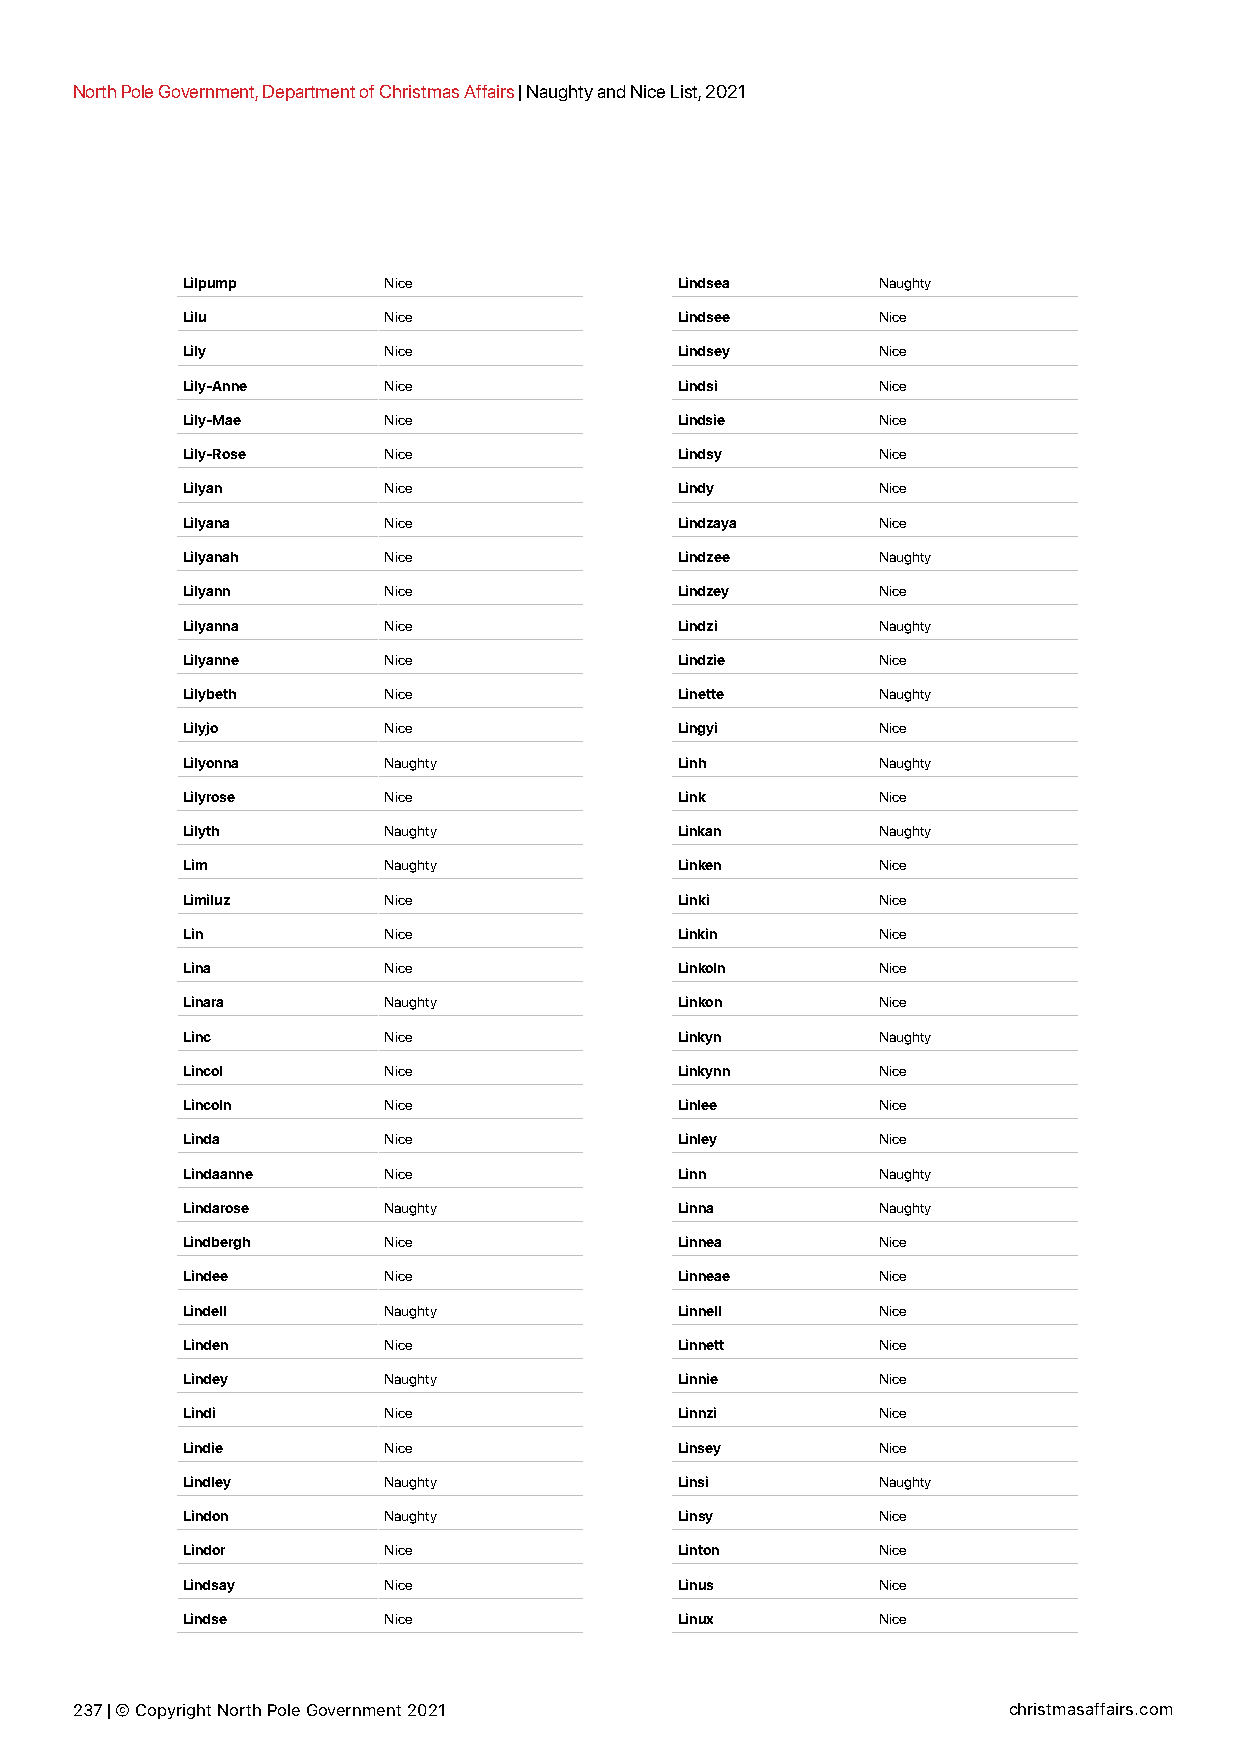
North Pole Government, Department of Christmas Affairs | Naughty and Nice List, 2021
 Lilpump      Nice                Lindsea      Naughty
 Lilu         Nice                Lindsee      Nice
 Lily         Nice                Lindsey      Nice
 Lily-Anne    Nice                Lindsi       Nice
 Lily-Mae     Nice                Lindsie      Nice
 Lily-Rose    Nice                Lindsy       Nice
 Lilyan       Nice                Lindy        Nice
 Lilyana      Nice                Lindzaya     Nice
 Lilyanah     Nice                Lindzee      Naughty
 Lilyann      Nice                Lindzey      Nice
 Lilyanna     Nice                Lindzi       Naughty
 Lilyanne     Nice                Lindzie      Nice
 Lilybeth     Nice                Linette      Naughty
 Lilyjo       Nice                Lingyi       Nice
 Lilyonna     Naughty             Linh         Naughty
 Lilyrose     Nice                Link         Nice
 Lilyth       Naughty             Linkan       Naughty
 Lim          Naughty             Linken       Nice
 Limiluz      Nice                Linki        Nice
 Lin          Nice                Linkin       Nice
 Lina         Nice                Linkoln      Nice
 Linara       Naughty             Linkon       Nice
 Linc         Nice                Linkyn       Naughty
 Lincol       Nice                Linkynn      Nice
 Lincoln      Nice                Linlee       Nice
 Linda        Nice                Linley       Nice
 Lindaanne    Nice                Linn         Naughty
 Lindarose    Naughty             Linna        Naughty
 Lindbergh    Nice                Linnea       Nice
 Lindee       Nice                Linneae      Nice
 Lindell      Naughty             Linnell      Nice
 Linden       Nice                Linnett      Nice
 Lindey       Naughty             Linnie       Nice
 Lindi        Nice                Linnzi       Nice
 Lindie       Nice                Linsey       Nice
 Lindley      Naughty             Linsi        Naughty
 Lindon       Naughty             Linsy        Nice
 Lindor       Nice                Linton       Nice
 Lindsay      Nice                Linus        Nice
 Lindse       Nice                Linux        Nice
 237 | © Copyright North Pole Government 2021                  christmasaffairs.com